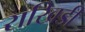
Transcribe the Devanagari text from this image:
राखिडी